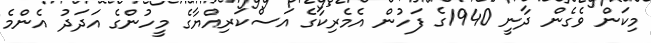
މިކަން ވެގެން ދާނީ 1940ގެ ފަހުން އެމެރިކާގެ އަސްކަރިއްޔާގެ މީހުންގެ އަދަދު އެންމެ